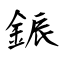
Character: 鋠